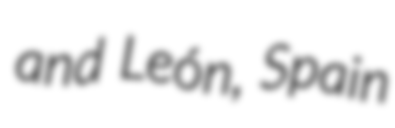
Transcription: and León, Spain